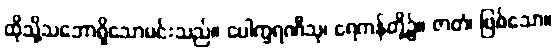
ထိုသို့သဘောရှိသောမင်းသည်။ ပေါက္ခရဏီသု၊ ရေကန်တို့၌။ ဇာတံ၊ ဖြစ်သော။